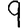
Digit: 9